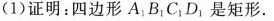
(1)证明：四边形A_{1}B_{1}C_{1}D_{1}是矩形.